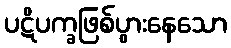
ပဋိပက္ခဖြစ်ပွားနေသော